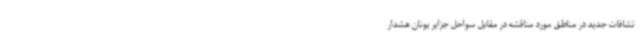
تشافات جدید در مناطق مورد مناقشه در مقابل سواحل جزایر یونان هشدار